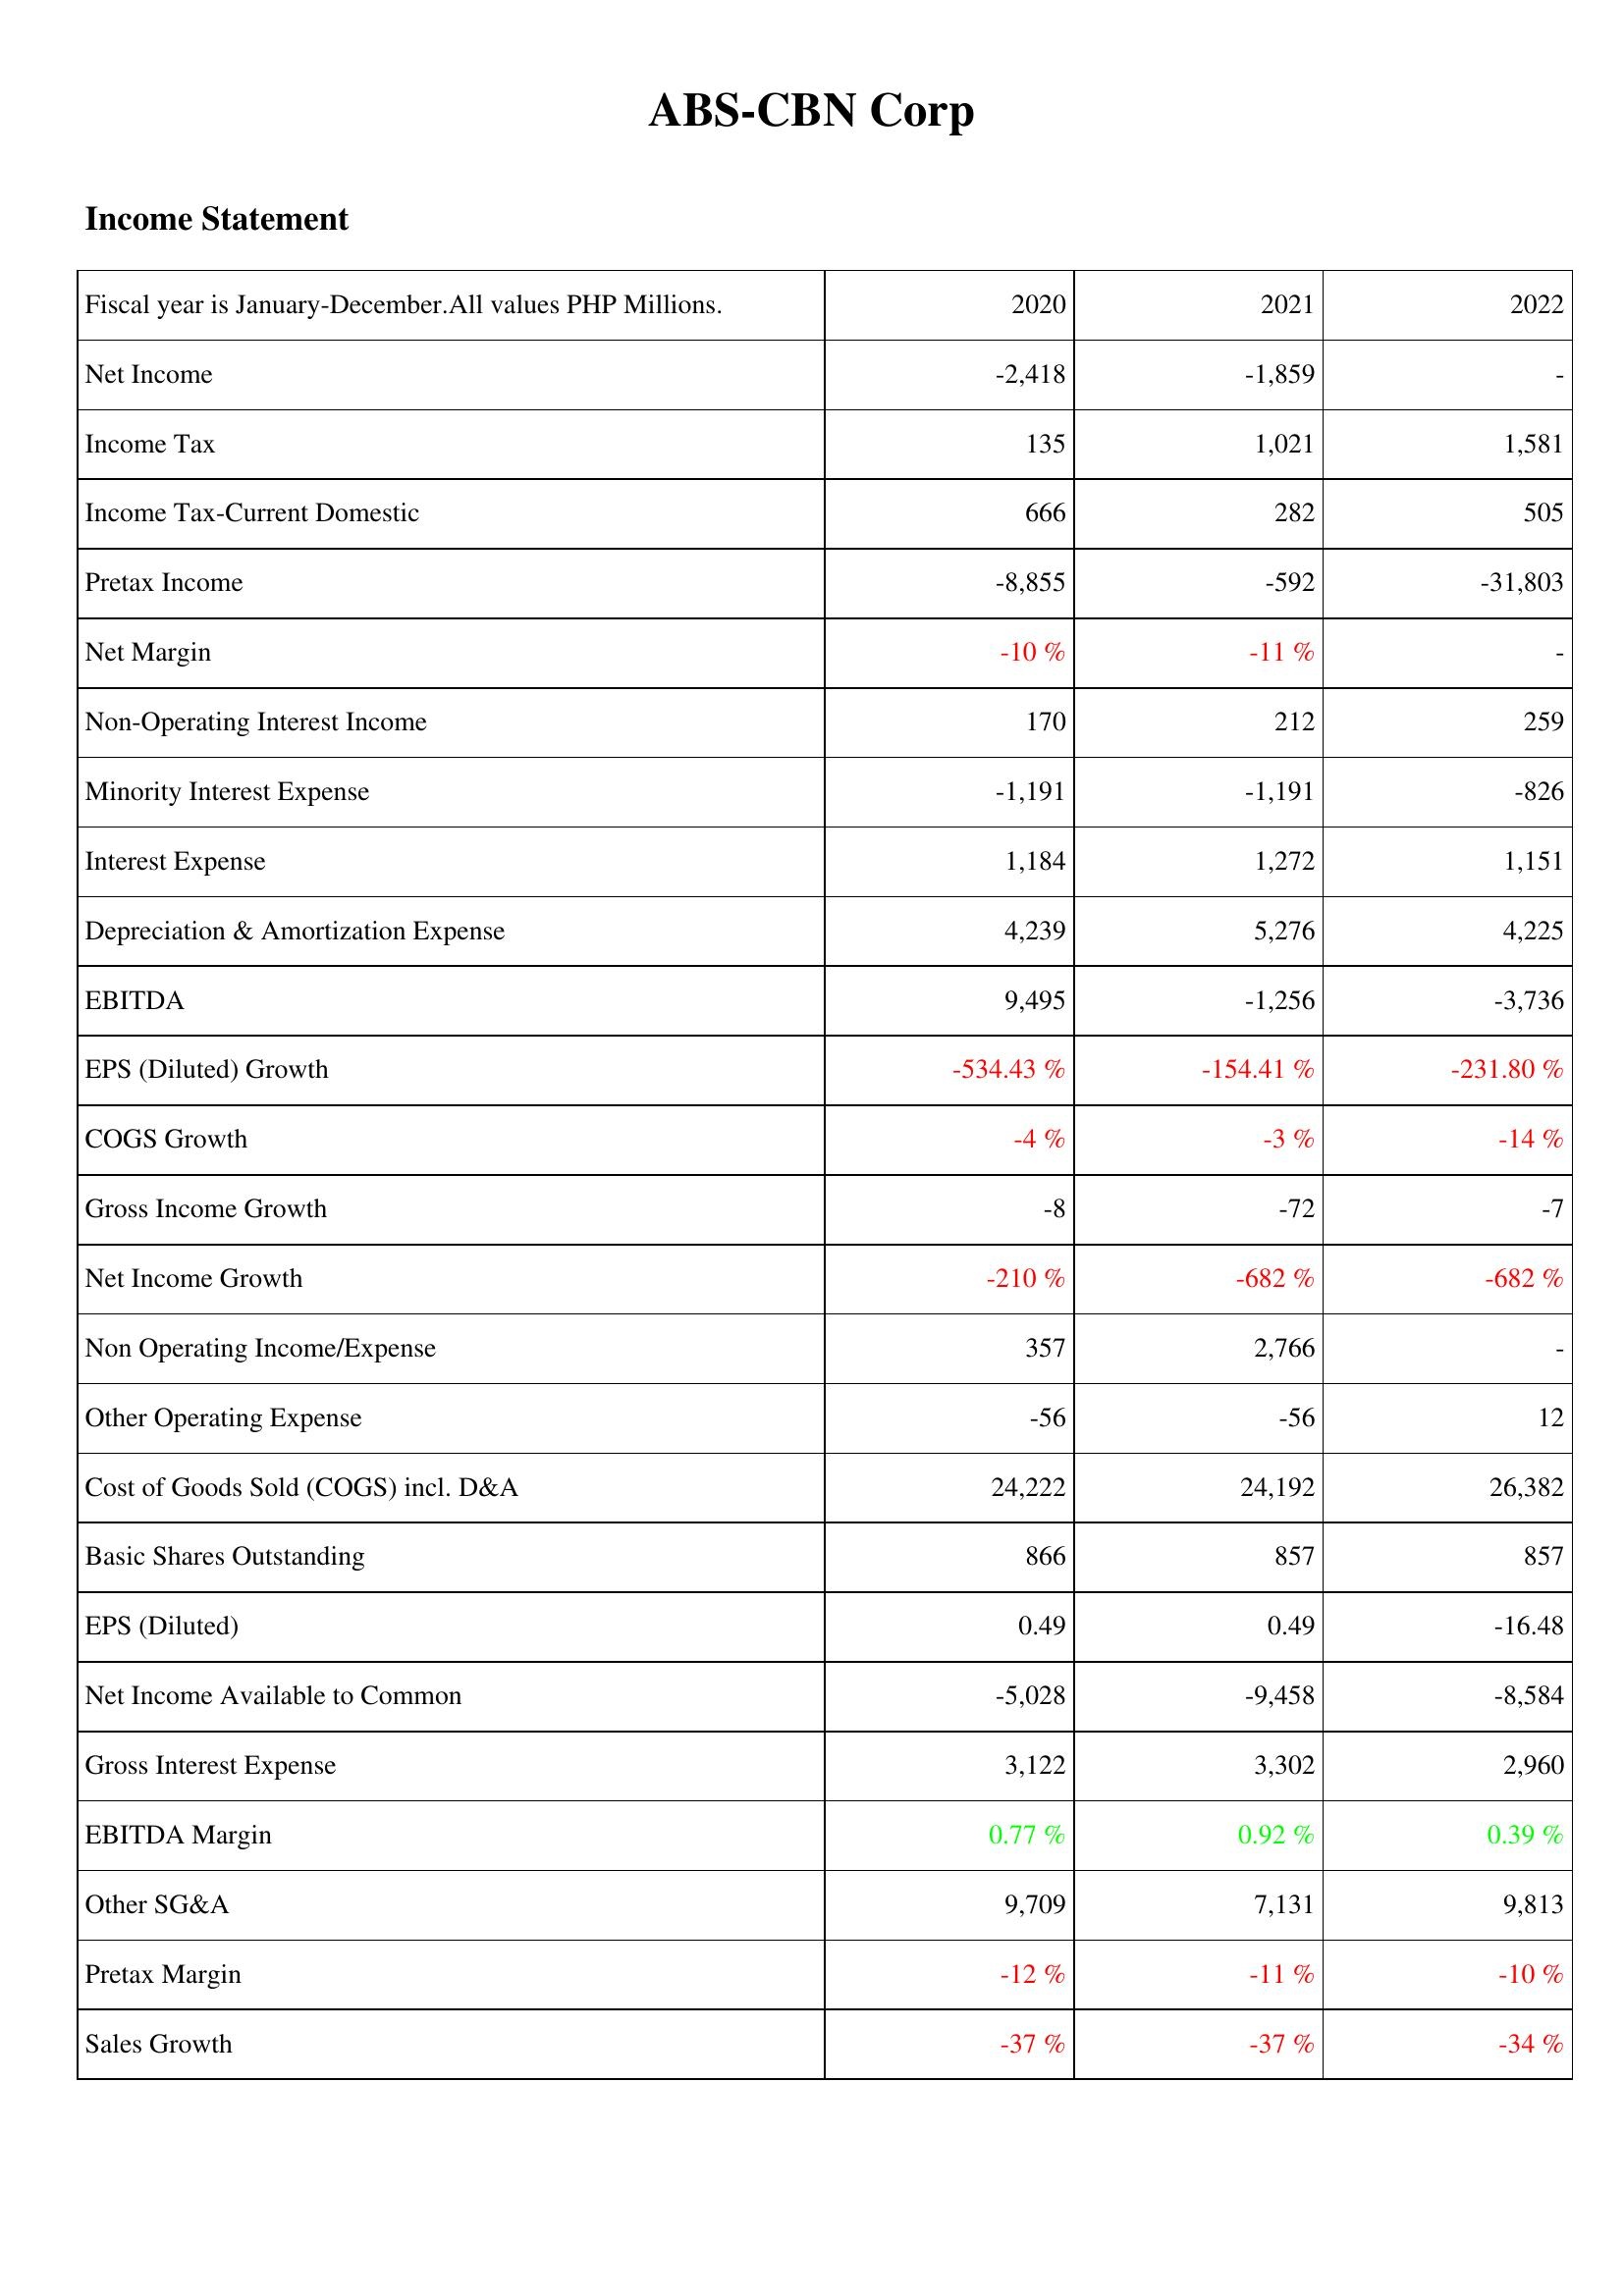
2020: Income Statement: Net Income: -2,418
Income Tax: 135
Income Tax-Current Domestic: 666
Pretax Income: -8,855
Net Margin: -10 %
Non-Operating Interest Income: 170
Minority Interest Expense: -1,191
Interest Expense: 1,184
Depreciation & Amortization Expense: 4,239
EBITDA: 9,495
EPS (Diluted) Growth: -534.43 %
COGS Growth: -4 %
Gross Income Growth: -8
Net Income Growth: -210 %
Non Operating Income/Expense: 357
Other Operating Expense: -56
Cost of Goods Sold (COGS) incl. D&A: 24,222
Basic Shares Outstanding: 866
EPS (Diluted): 0.49
Net Income Available to Common: -5,028
Gross Interest Expense: 3,122
EBITDA Margin: 0.77 %
Other SG&A: 9,709
Pretax Margin: -12 %
Sales Growth: -37 %
2021: Income Statement: Net Income: -1,859
Income Tax: 1,021
Income Tax-Current Domestic: 282
Pretax Income: -592
Net Margin: -11 %
Non-Operating Interest Income: 212
Minority Interest Expense: -1,191
Interest Expense: 1,272
Depreciation & Amortization Expense: 5,276
EBITDA: -1,256
EPS (Diluted) Growth: -154.41 %
COGS Growth: -3 %
Gross Income Growth: -72
Net Income Growth: -682 %
Non Operating Income/Expense: 2,766
Other Operating Expense: -56
Cost of Goods Sold (COGS) incl. D&A: 24,192
Basic Shares Outstanding: 857
EPS (Diluted): 0.49
Net Income Available to Common: -9,458
Gross Interest Expense: 3,302
EBITDA Margin: 0.92 %
Other SG&A: 7,131
Pretax Margin: -11 %
Sales Growth: -37 %
2022: Income Statement: Net Income: -
Income Tax: 1,581
Income Tax-Current Domestic: 505
Pretax Income: -31,803
Net Margin: -
Non-Operating Interest Income: 259
Minority Interest Expense: -826
Interest Expense: 1,151
Depreciation & Amortization Expense: 4,225
EBITDA: -3,736
EPS (Diluted) Growth: -231.80 %
COGS Growth: -14 %
Gross Income Growth: -7
Net Income Growth: -682 %
Non Operating Income/Expense: -
Other Operating Expense: 12
Cost of Goods Sold (COGS) incl. D&A: 26,382
Basic Shares Outstanding: 857
EPS (Diluted): -16.48
Net Income Available to Common: -8,584
Gross Interest Expense: 2,960
EBITDA Margin: 0.39 %
Other SG&A: 9,813
Pretax Margin: -10 %
Sales Growth: -34 %